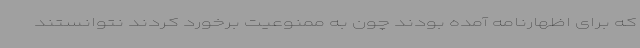
که برای اظهارنامه آمده بودند چون به ممنوعیت برخورد کردند نتوانستند